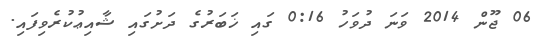
06 ޖޫން 2014 ވަނަ ދުވަހު 0:16 ގައި ޚަބަރުގެ ދަށުގައި ޝާއިޢުކުރެވިފައި.